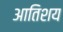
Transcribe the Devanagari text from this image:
आतिशय